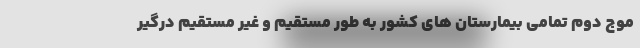
موج دوم تمامی بیمارستان های کشور به طور مستقیم و غیر مستقیم درگیر